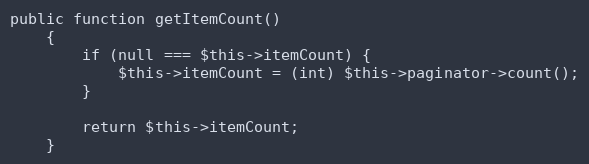
Language: PHP
public function getItemCount()
    {
        if (null === $this->itemCount) {
            $this->itemCount = (int) $this->paginator->count();
        }

        return $this->itemCount;
    }